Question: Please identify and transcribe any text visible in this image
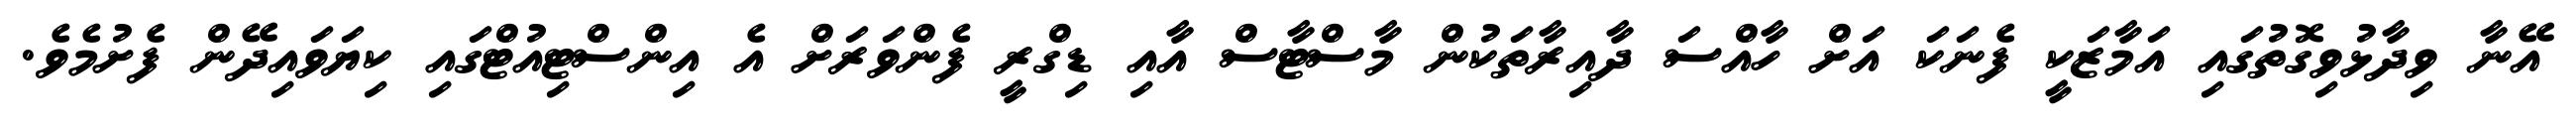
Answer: އޭނާ ވިދާޅުވިގޮތުގައި އަމާޒަކީ ފެނަކަ އަށް ހާއްސަ ދާއިރާތަކުން މާސްޓާސް އާއި ޑިގްރީ ފެންވަރަށް އެ އިންސްޓިއުޓްގައި ކިޔަވައިދޭން ފެށުމެވެ.